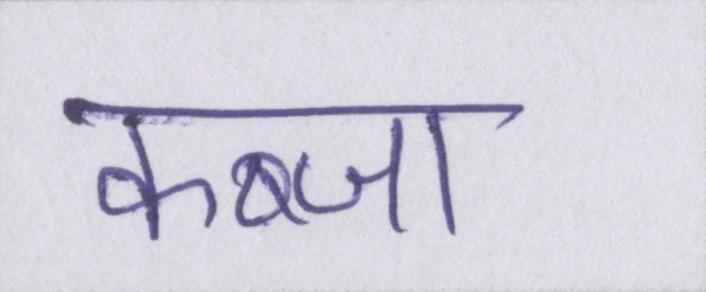
कब्जा